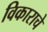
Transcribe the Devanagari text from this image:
विकाराचे